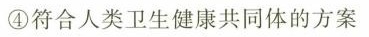
④符合人类卫生健康共同体的方案